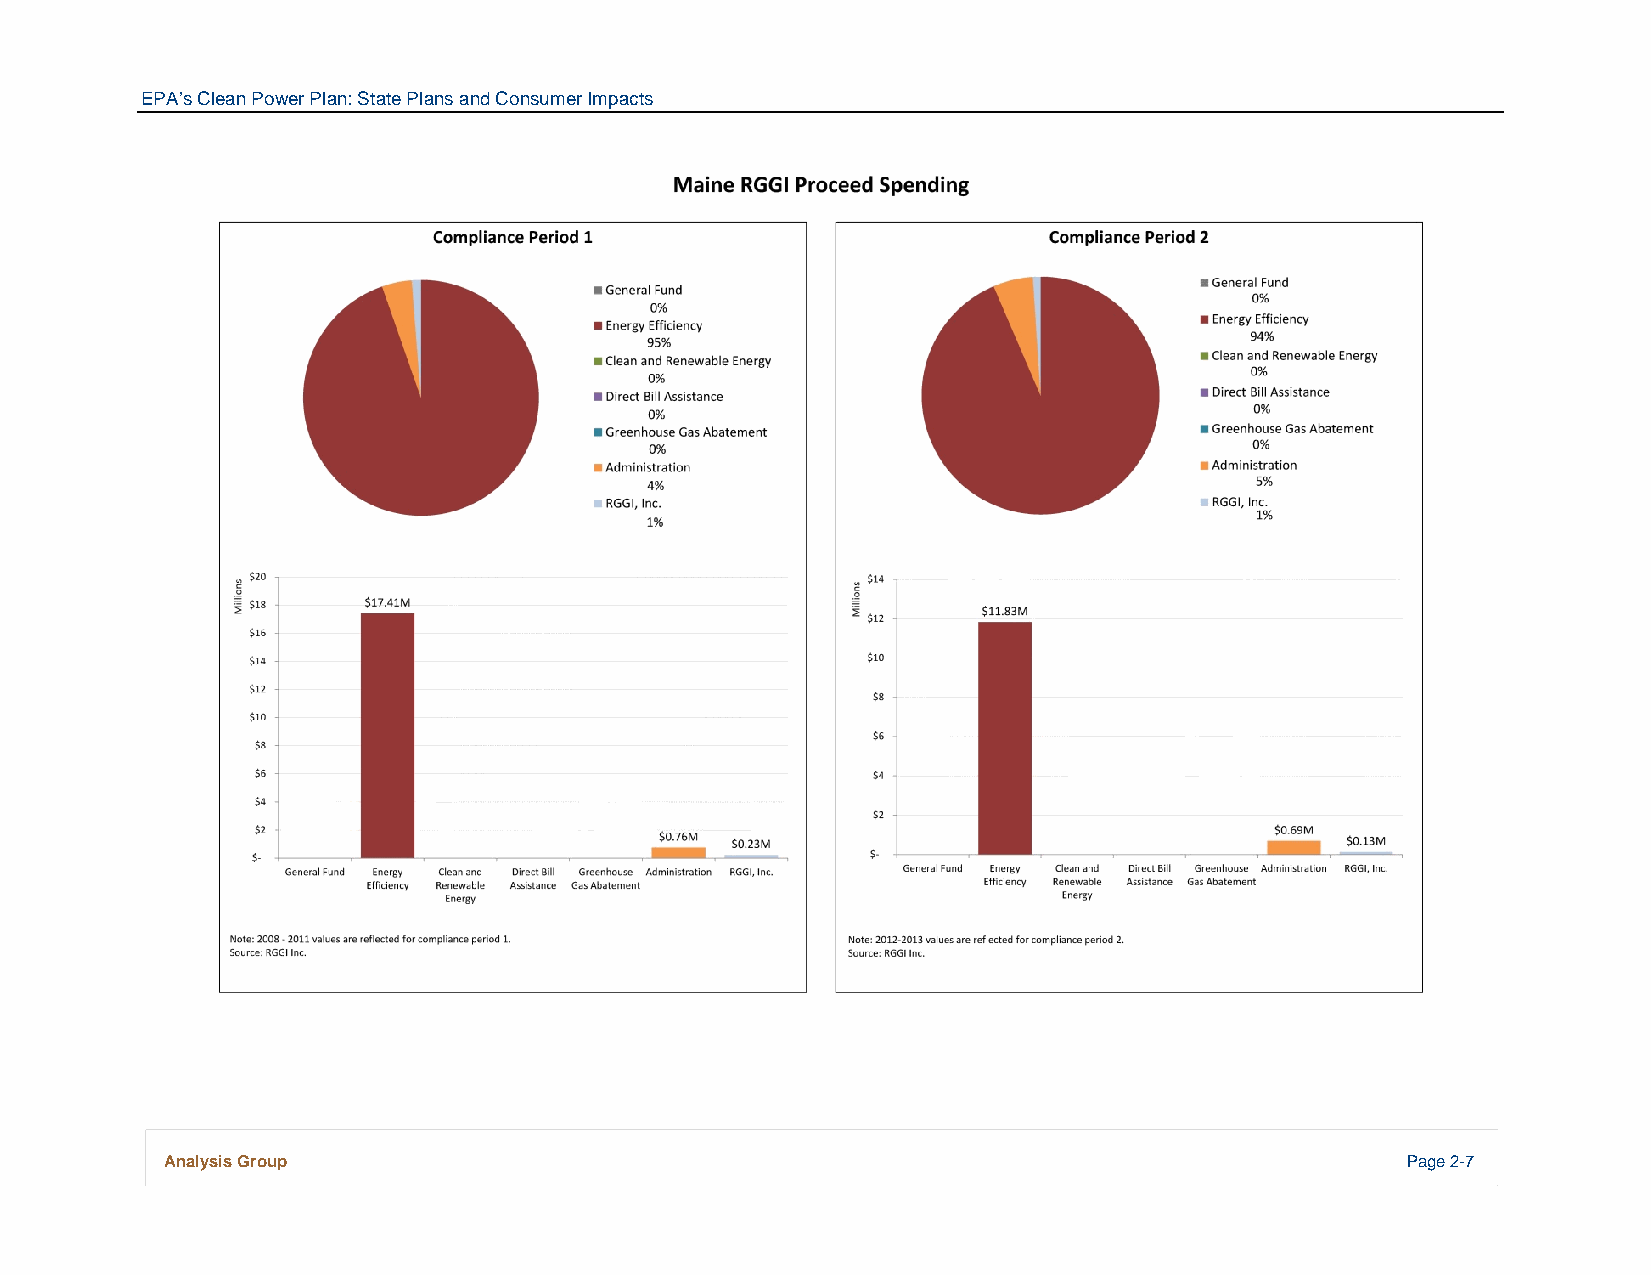
EPA’s Clean Power Plan: State Plans and Consumer Impacts
 Analysis Group                                                                    Page 2-7